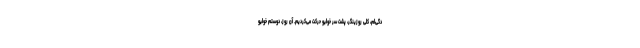
دگی‌ام، کِلی روزینگر، پشت سر خولیو حرکت می‌کردیم. آن روز، دوستم خولیو